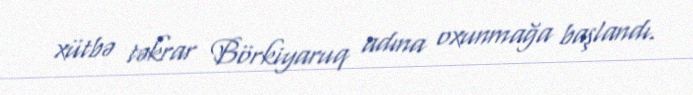
xütbə təkrar Börkiyaruq adına oxunmağa başlandı.